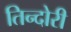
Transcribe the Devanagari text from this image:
तिन्दोरी